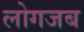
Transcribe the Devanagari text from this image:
लोगजब